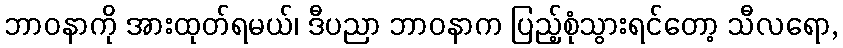
ဘာဝနာကို အားထုတ်ရမယ်၊ ဒီပညာ ဘာဝနာက ပြည့်စုံသွားရင်တော့ သီလရော,